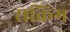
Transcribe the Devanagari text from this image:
सकिंग